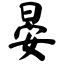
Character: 晏